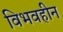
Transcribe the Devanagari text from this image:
विभवहीन